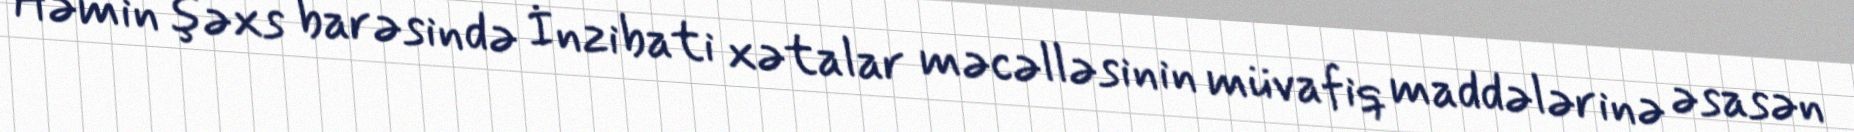
Həmin şəxs barəsində İnzibati xətalar məcəlləsinin müvafiq maddələrinə əsasən